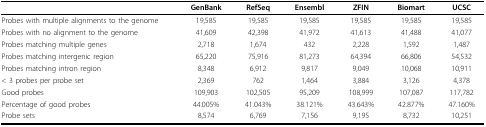
<table><thead><tr><td></td><td><b>GenBank</b></td><td><b>RefSeq</b></td><td><b>Ensembl</b></td><td><b>ZFIN</b></td><td><b>Biomart</b></td><td><b>UCSC</b></td></tr></thead><tbody><tr><td>Probes with multiple alignments to the genome</td><td>19,585</td><td>19,585</td><td>19,585</td><td>19,585</td><td>19,585</td><td>19,585</td></tr><tr><td>Probes with no alignment to the genome</td><td>41,609</td><td>42,398</td><td>41,972</td><td>41,613</td><td>41,488</td><td>41,077</td></tr><tr><td>Probes matching multiple genes</td><td>2,718</td><td>1,674</td><td>432</td><td>2,228</td><td>1,592</td><td>1,487</td></tr><tr><td>Probes matching intergenic region</td><td>65,220</td><td>75,916</td><td>81,273</td><td>64,394</td><td>66,806</td><td>54,532</td></tr><tr><td>Probes matching intron region</td><td>8,348</td><td>6,912</td><td>9,817</td><td>9,049</td><td>10,068</td><td>10,911</td></tr><tr><td>&lt; 3 probes per probe set</td><td>2,369</td><td>762</td><td>1,464</td><td>3,884</td><td>3,126</td><td>4,378</td></tr><tr><td>Good probes</td><td>109,903</td><td>102,505</td><td>95,209</td><td>108,999</td><td>107,087</td><td>117,782</td></tr><tr><td>Percentage of good probes</td><td>44.005%</td><td>41.043%</td><td>38.121%</td><td>43.643%</td><td>42.877%</td><td>47.160%</td></tr><tr><td>Probe sets</td><td>8,574</td><td>6,769</td><td>7,156</td><td>9,195</td><td>8,732</td><td>10,251</td></tr></tbody></table>